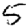
Digit: 5